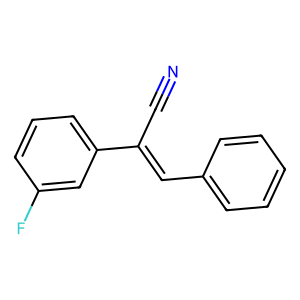
SMILES: N#CC(=Cc1ccccc1)c1cccc(F)c1
Inhibits HIV replication: No